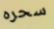
سحره